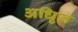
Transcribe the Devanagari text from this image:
अधिृत